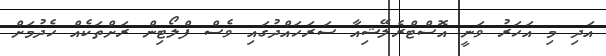
އަދި މި އަހަރު ވަނީ އޮސްޓްރެލޭޝިއާ ސަރަހައްދުގައި ވެސް ފްލޯޓިން ރަށްތަކެއް ހެދުމަށް